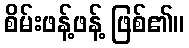
စိမ်းဖန့်ဖန့် ဖြစ်၏။